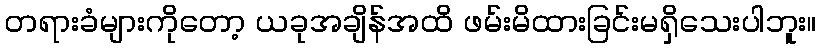
တရားခံများကိုတော့ ယခုအချိန်အထိ ဖမ်းမိထားခြင်းမရှိသေးပါဘူး။